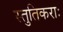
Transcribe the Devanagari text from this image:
स्तुतिकराः